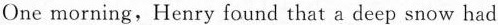
One morning, Henry found that a deep snow had